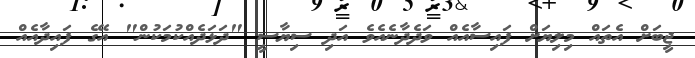
ޖީބަށް އެތައް މިލިޔަށް ފައިސާއެއް ވަދެދާނެއެވެ އަދި ސިޔާސީ "ދަޅަދެއްކުމަކުން" އޭގެ ފައިދާއެއް